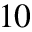
1 0